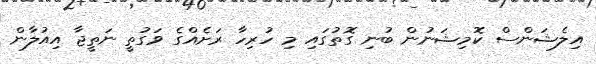
އިލެޝަންސް ކޮމިޝަނުން ބުނި ގޮޮތުގައި މި ހުރިހާ ރަށެއްގެ ވަގުތީ ނަތީޖާ އިއުލާން